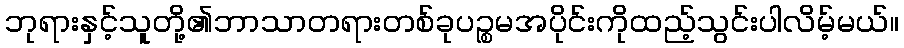
ဘုရားနှင့်သူတို့၏ဘာသာတရားတစ်ခုပဉ္စမအပိုင်းကိုထည့်သွင်းပါလိမ့်မယ်။